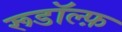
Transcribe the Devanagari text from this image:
रूडॉल्फ़